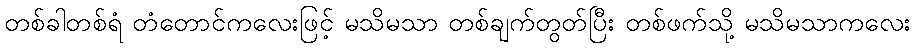
တစ်ခါတစ်ရံ တံတောင်ကလေးဖြင့် မသိမသာ တစ်ချက်တွတ်ပြီး တစ်ဖက်သို့ မသိမသာကလေး